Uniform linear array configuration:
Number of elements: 8
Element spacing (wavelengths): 0.25
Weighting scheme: cosine
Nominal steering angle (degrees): -15
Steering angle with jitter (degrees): -16.212
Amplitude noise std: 0.05
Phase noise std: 0.05

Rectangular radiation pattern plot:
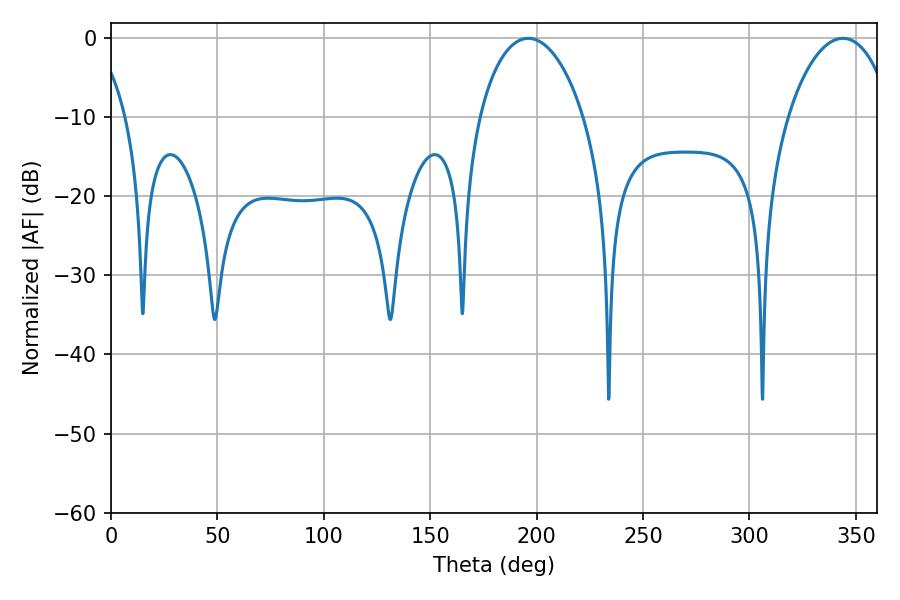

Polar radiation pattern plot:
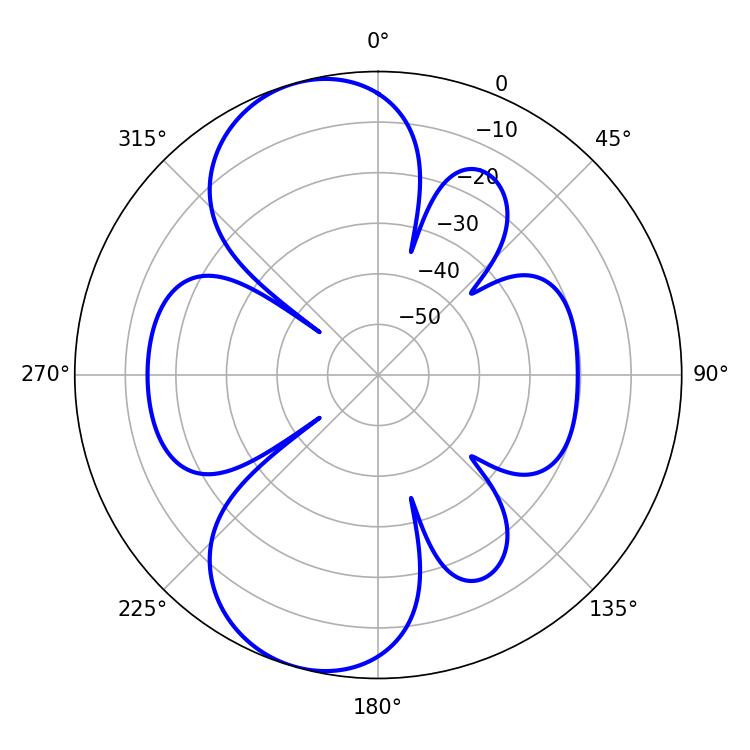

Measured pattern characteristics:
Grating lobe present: FALSE
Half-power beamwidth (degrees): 28.08
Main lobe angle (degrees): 343.98